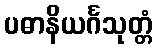
ပဓာနိယင်္ဂသုတ္တံ